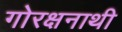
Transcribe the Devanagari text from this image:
गोरक्षनाथी